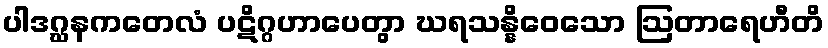
ပါဒဂ္ဃနကတေလံ ပဋိဂ္ဂဟာပေတွာ ဃရသန္နိဝေသော ဩတာရေဟီတိ